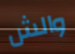
والش